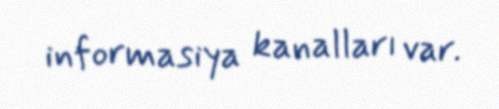
informasiya kanalları var.